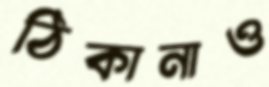
ঠিকানাও